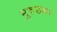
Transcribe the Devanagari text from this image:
मुरुडकर